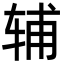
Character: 辅